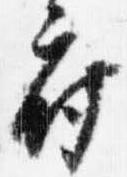
府